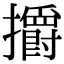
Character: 㩱